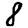
Digit: 8